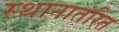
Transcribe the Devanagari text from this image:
स्थानातंरित